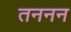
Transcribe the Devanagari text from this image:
तननन